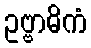
ဥဗ္ဗာဓိကံ